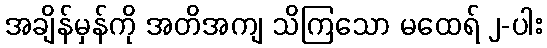
အချိန်မှန်ကို အတိအကျ သိကြသော မထေရ် ၂-ပါး